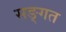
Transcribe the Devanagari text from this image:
सङ्गत